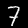
Label: 7